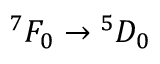
^ 7 F _ { 0 } \rightarrow { } ^ { 5 } D _ { 0 }